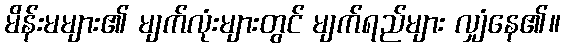
မိန်းမများ၏ မျက်လုံးများတွင် မျက်ရည်များ လျှံနေ၏။